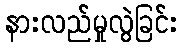
နားလည်မှုလွဲခြင်း